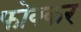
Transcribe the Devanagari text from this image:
फोक्‍कर